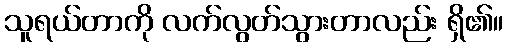
သူရယ်တာကို လက်လွတ်သွားတာလည်း ရှိ၏။